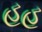
હહ